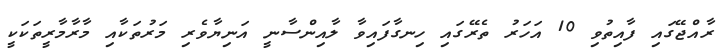
ރާއްޖޭގައި ފާއިތުވި 10 އަހަރު ތެރޭގައި ހިނގާފައިވާ ލާއިންސާނީ އަނިޔާވެރި މަރުތަކާއި މާރާމާރީތަކަކީ